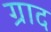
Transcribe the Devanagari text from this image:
ग्राद